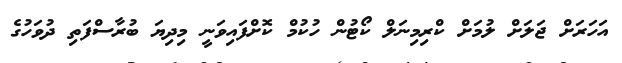
އަހަރަށް ޖަލަށް ލުމަށް ކްރިމިނަލް ކޯޓުން ހުކުމް ކޮށްފައިވަނީ މިދިޔަ ބުރާސްފަތި ދުވަހުގެ